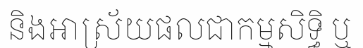
និងអាស្រ័យផលជាកម្មសិទ្ធិ ឬ